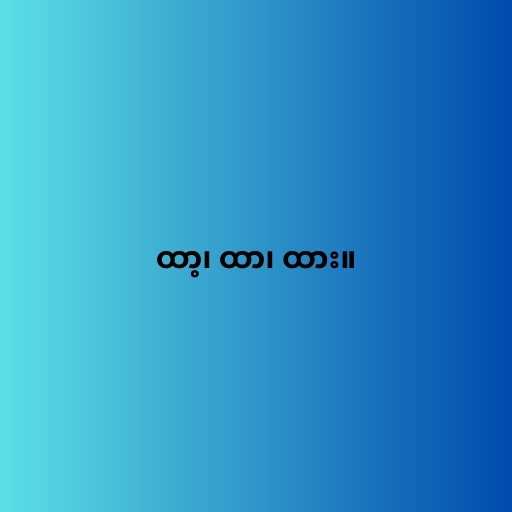
ထာ့၊ ထာ၊ ထား။